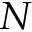
N